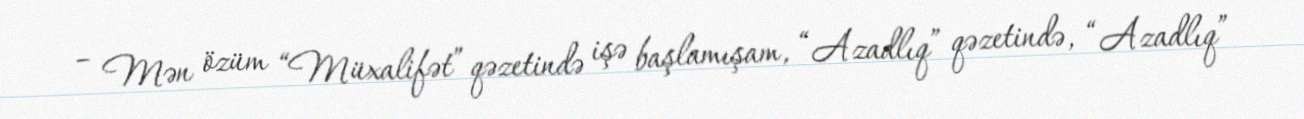
– Mən özüm “Müxalifət” qəzetində işə başlamışam, “Azadlıq” qəzetində, “Azadlıq”